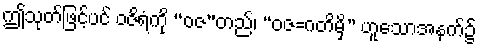
ဤသုတ်ဖြင့်ပင် ဝဇိရံကို “ဝဇ”တည်၊ “ဝဇ=ဂတိမှိ” ဟူသောအနက်၌